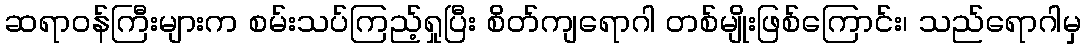
ဆရာဝန်ကြီးများက စမ်းသပ်ကြည့်ရှုပြီး စိတ်ကျရောဂါ တစ်မျိုးဖြစ်ကြောင်း၊ သည်ရောဂါမှ